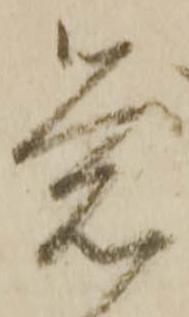
覚